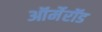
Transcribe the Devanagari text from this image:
ऑर्मेरॉड